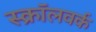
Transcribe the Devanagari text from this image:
स्क्रॉलवर्क